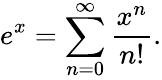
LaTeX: e^{x}=\sum_{n=0}^{\infty}{\frac{x^{n}}{n!}}.